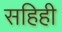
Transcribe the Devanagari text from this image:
सहिही